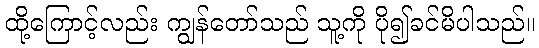
ထို့ကြောင့်လည်း ကျွန်တော်သည် သူ့ကို ပို၍ခင်မိပါသည်။